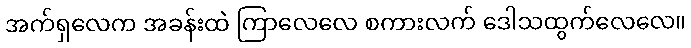
အက်ရှလေက အခန်းထဲ ကြာလေလေ စကားလက် ဒေါသထွက်လေလေ။